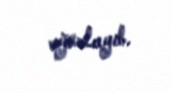
oğurlayıb.